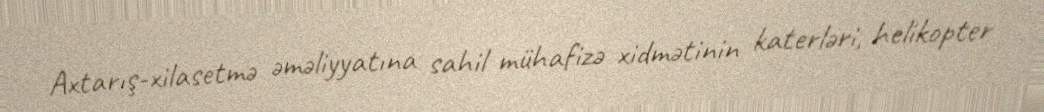
Axtarış-xilasetmə əməliyyatına sahil mühafizə xidmətinin katerləri, helikopter